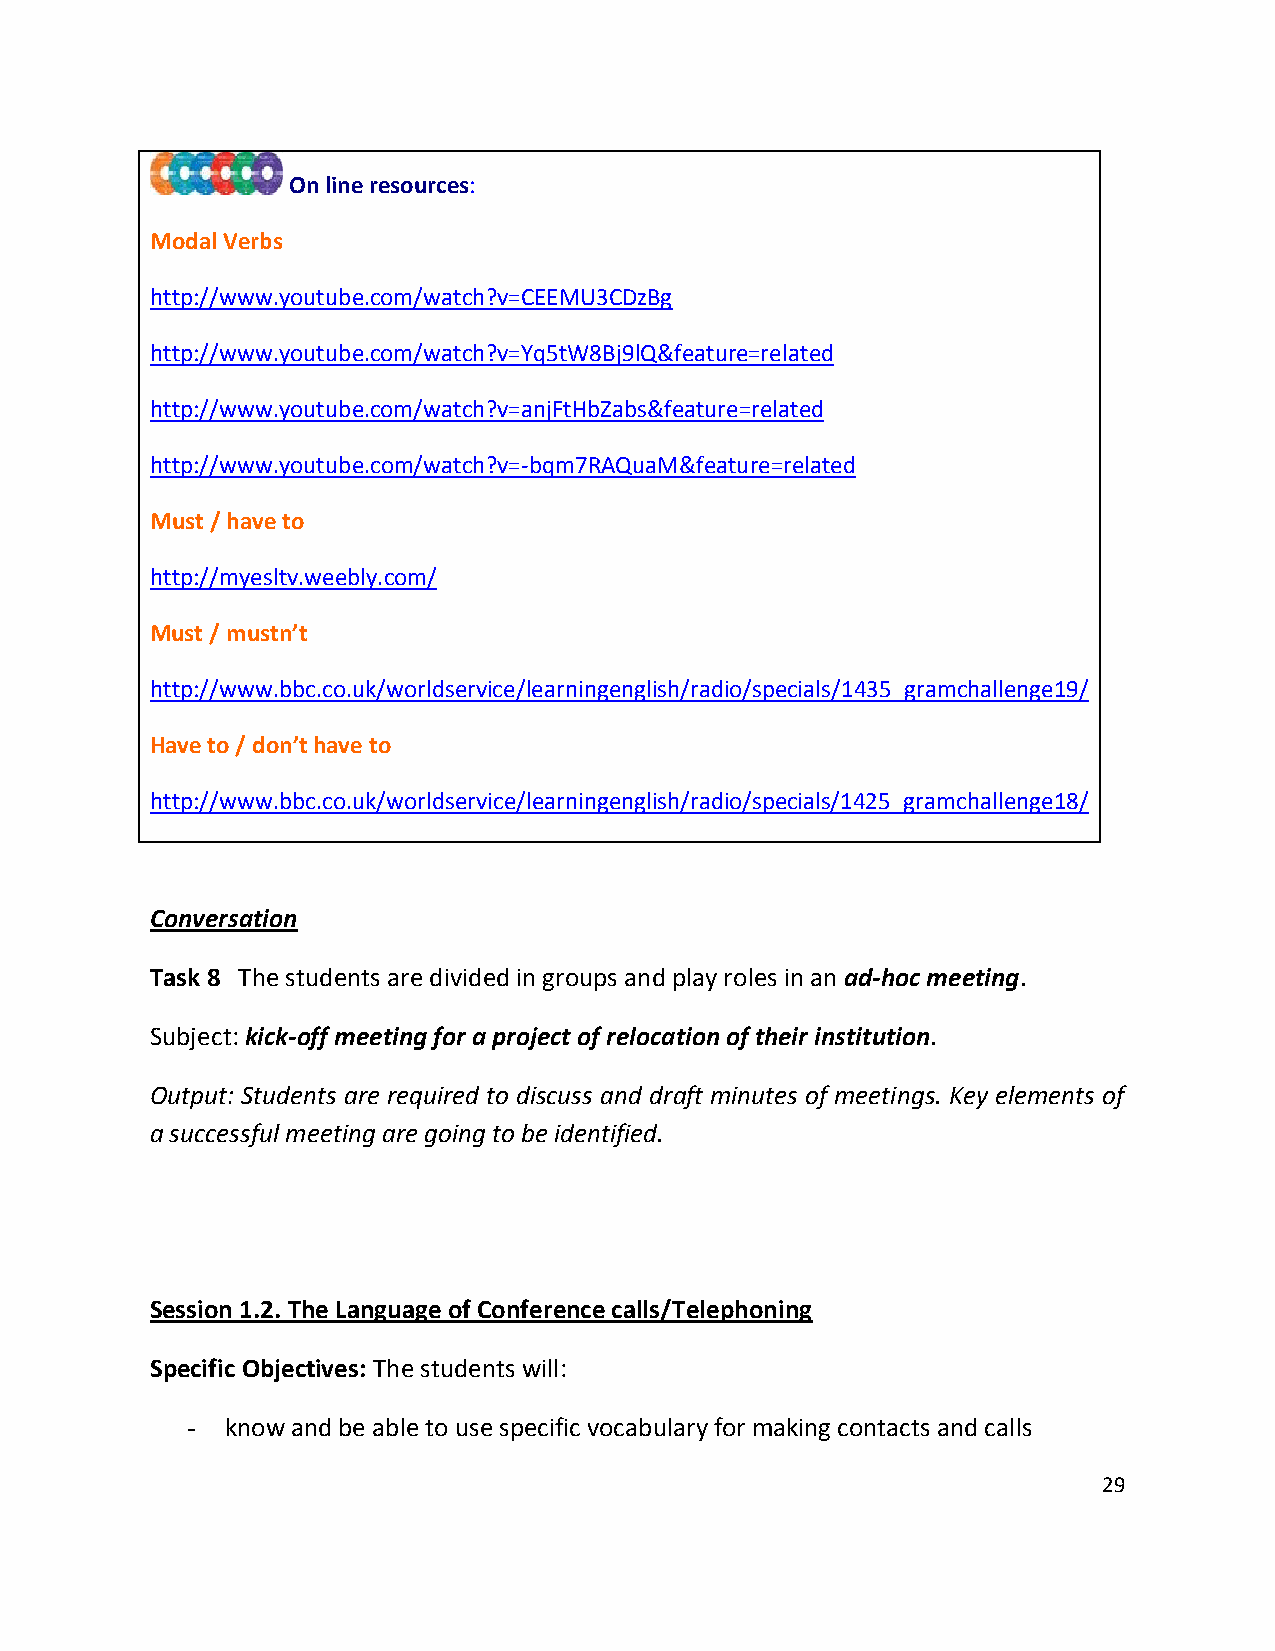
On line resources:
 Modal Verbs
 http://www.youtube.com/watch?v=CEEMU3CDzBg
 http://www.youtube.com/watch?v=Yq5tW8Bj9lQ&feature=related
 http://www.youtube.com/watch?v=anjFtHbZabs&feature=related
 http://www.youtube.com/watch?v=-bqm7RAQuaM&feature=related
 Must / have to
 http://myesltv.weebly.com/
 Must / mustn’t
 http://www.bbc.co.uk/worldservice/learningenglish/radio/specials/1435_gramchallenge19/
 Have to / don’t have to
 http://www.bbc.co.uk/worldservice/learningenglish/radio/specials/1425_gramchallenge18/
 Conversation
 Task 8 The students are divided in groups and play roles in an ad-hoc meeting.
 Subject: kick-off meeting for a project of relocation of their institution.
 Output: Students are required to discuss and draft minutes of meetings. Key elements of
 a successful meeting are going to be identified.
 Session 1.2. The Language of Conference calls/Telephoning
 Specific Objectives: The students will:
 -  know and be able to use specific vocabulary for making contacts and calls
 29